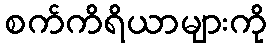
စက်ကိရိယာများကို